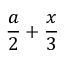
{ \frac { a } { 2 } } + { \frac { x } { 3 } }